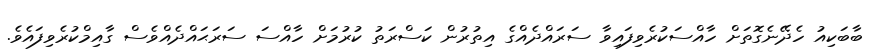
ބާބަކިއު ހެދޭނެގޮތަށް ހާއްސަކުރެވިފައިވާ ސަރައްދެއްގެ އިތުރުން ކަސްރަތު ކުރުމަށް ހާއްސަ ސަރަޙައްދެއްވެސް ގާއިމްކުރެވިފައެވެ.